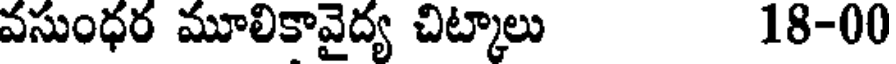
వసుంధర మూలికావైద్య చిట్కాలు 18-00